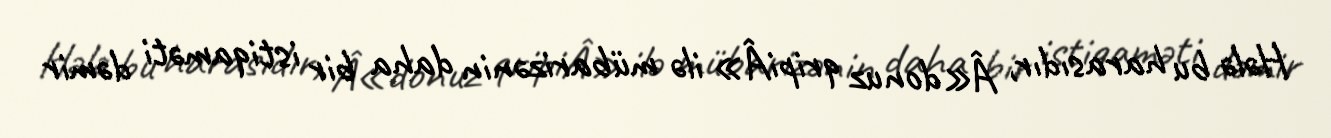
Hələ bu harasıdır, Â«donuz qripiÂ» ilə mübarizənin daha bir istiqaməti dəmir